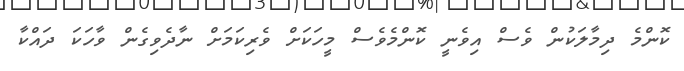
ކޮންމެ ދިމާލަކުން ވެސް އިވެނީ ކޮންމެވެސް މީހަކަށް ވެރިކަމަށް ނާދެވިގެން ވާހަކަ ދައްކާ